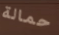
حمالة